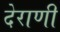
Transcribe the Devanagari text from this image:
देराणी